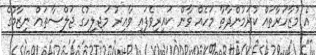
އެ މުޒާހަރާތައް ކުރަމުންދާތާ މަހެއް ވާން ކައިރިވެފައި ވާއިރު މަޖިލިހުގެ ޖަލްސާތައް ނިޒާމުގެ